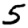
Digit: 5